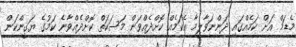
މެޑަމް އަށް ކަމެއްގައި ދަންނަވާލީމާ އެކަމެއް ކޮށްދެއްވަން މަސަކަތް ކޮށްދެއްވާނެ ކަމުގެ ޔަގީންކަން